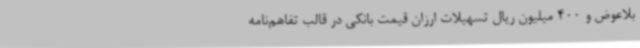
بلاعوض و 400 میلیون ریال تسهیلات ارزان قیمت بانکی در قالب تفاهم‌نامه